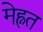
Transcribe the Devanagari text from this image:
मेह्नत